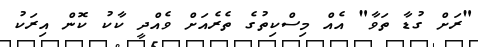
"ރަށް ގުޑާ ތަވާ" އެެއް މިސްކިތުގެ ތެރެއަށް ވެއްދީ ކާކު ކޮން އިރަކު